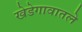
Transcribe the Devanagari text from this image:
खेडेगावातले